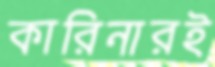
কারিনারই